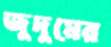
জুদুমের